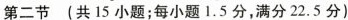
第二节 (共15小题;每小题1.5分满分22.5分)